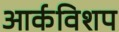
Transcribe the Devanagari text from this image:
आर्कविशप